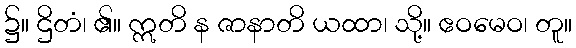
၌။ ဌိတံ၊ ၏။ ဣတိ န ဇာနာတိ ယထာ၊ သို့။ ဧဝမေဝ၊ တူ။